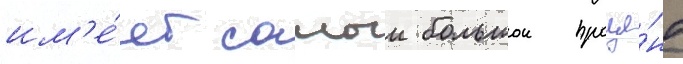
им'е́ет самыи большои проце́нт